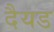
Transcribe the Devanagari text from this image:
दैयड